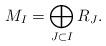
LaTeX: \begin{align*}M_I = \bigoplus_{J\subset I} R_J.\end{align*}